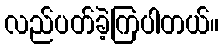
လည်ပတ်ခဲ့ကြပါတယ်။